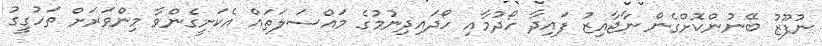
ނުފޫޒު ބޭނުންކޮށްގެން ނާޖާއިޒު ފައިދާ ހޯދުމާއި ހޯދައިދިނުމުގެ މައްސަލަތައް އެކަށީގެންވާ މިންވަރަށް ތަހުގީގު